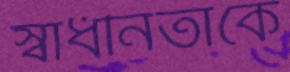
স্বাধীনতাকে